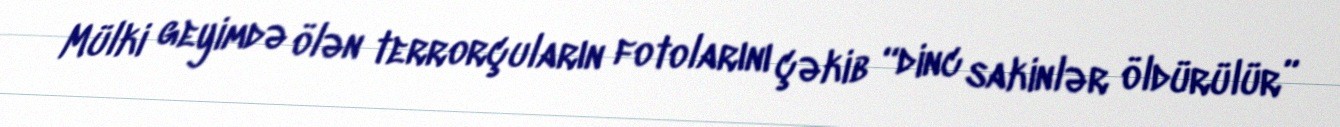
Mülki geyimdə ölən terrorçuların fotolarını çəkib “dinc sakinlər öldürülür”